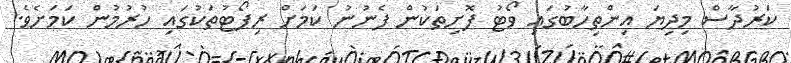
ކަރުދާސް މިދިޔަ އިންތިހާބުގައި ވޯޓު ފޮށިތަކުން ފެނުނު ކަމަށް ރިޕޯޓުތަކުގައި ހުރުމުން ކަމަށެވެ.